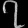
Digit: ၇